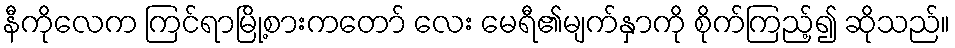
နီကိုလေက ကြင်ရာမြို့စားကတော် လေး မေရီ၏မျက်နှာကို စိုက်ကြည့်၍ ဆိုသည်။